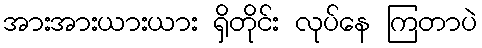
အားအားယားယား ရှိတိုင်း လုပ်နေ ကြတာပဲ